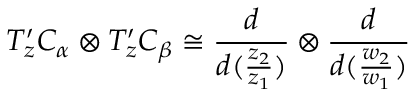
T _ { z } ^ { \prime } C _ { \alpha } \otimes T _ { z } ^ { \prime } C _ { \beta } \cong \frac { d } { d ( \frac { z _ { 2 } } { z _ { 1 } } ) } \otimes \frac { d } { d ( \frac { w _ { 2 } } { w _ { 1 } } ) }